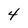
Character: 4